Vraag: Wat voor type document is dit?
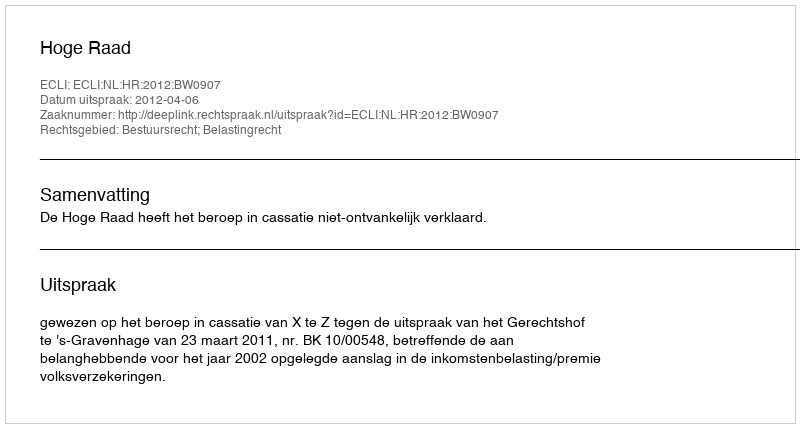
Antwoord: Uitspraak